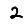
Digit: 2